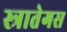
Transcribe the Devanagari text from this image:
स्त्रातेगस